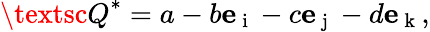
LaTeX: {\textsc{Q}}^{*}=a-b{\mathbf e}_{\mathrm{~i~}}-c{\mathbf e}_{\mathrm{~j~}}-d{\mathbf e}_{\mathrm{~k~}},